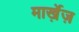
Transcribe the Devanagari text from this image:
मार्ख़ेज़